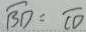
\overline { B D } = \overline { C D }